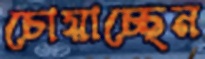
চোয়াচ্ছেন